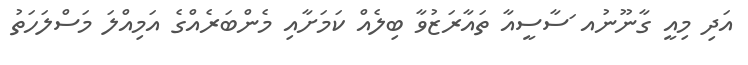
އަދި މިއީ ގާނޫނުއ ަސާސީއާ ތައާރަޒުވާ ބިލެއް ކަމަށާއި މެންބަރެއްގެ އަމިއްލަ މަސްލަހަތު